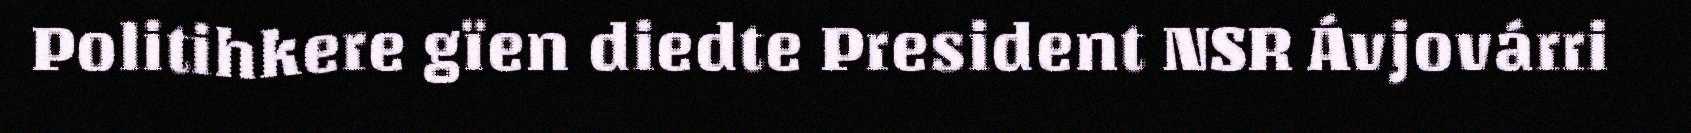
Politihkere gïen diedte President NSR Ávjovárri